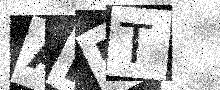
Text: AF5T